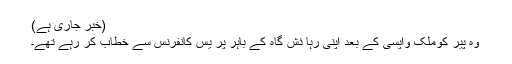
(خبر جاری ہے)
وہ پیر کوملک واپسی کے بعد اپنی رہا ئش گاہ کے باہر پر یس کانفرنس سے خطاب کر رہے تھے۔